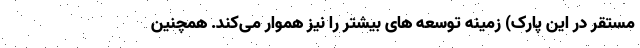
مستقر در این پارک) زمینه توسعه های بیشتر را نیز هموار می‌کند. همچنین